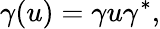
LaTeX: \gamma(u)=\gamma u\gamma^{*},